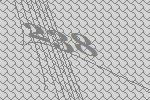
238